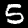
Digit: 5